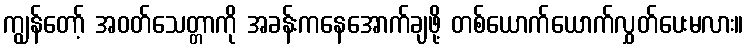
ကျွန်တော့် အဝတ်သေတ္တာကို အခန်းကနေအောက်ချဖို့ တစ်ယောက်ယောက်လွှတ်ပေးမလား။